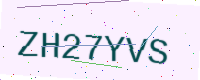
Text: ZH27YVS